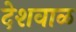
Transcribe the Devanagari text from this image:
देशवाळ